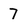
Character: 7